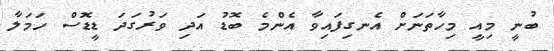
ބުނީ މިއީ މިހާތަނަށް އެނގިފައިވާ އެންމެ ބޮޑު އަދި ވަރުގަދަ ޑީޑޮސް ހަމަލާ